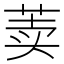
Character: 𰱐